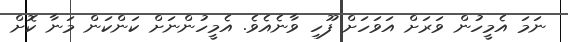
ނަމަ އެމީހުން ވަރަށް އަވަހަށް ފޫހި ވާނެއެވެ. އެމީހުންނަށް ކަންކަން މަނާ ކޮށް